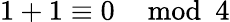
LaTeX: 1+1\equiv 0\mod 4